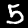
Label: 5